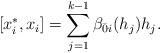
\begin{align*}[x^*_i,x_i]=\sum_{j=1}^{k-1}\beta_{\bar0i}(h_j)h_j.\end{align*}